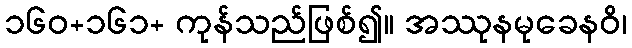
၁၆၀+၁၆၁+ ကုန်သည်ဖြစ်၍။ အဿုနမုခေနဝိ၊